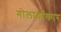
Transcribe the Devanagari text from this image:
गोलार्धाकार